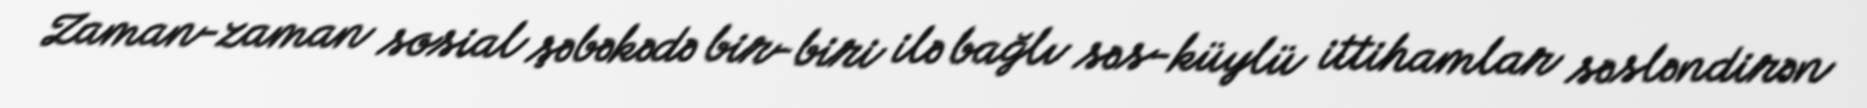
Zaman-zaman sosial şəbəkədə bir-biri ilə bağlı səs-küylü ittihamlar səsləndirən